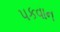
પકવાન